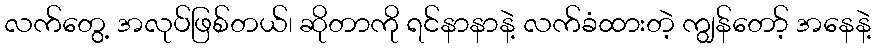
လက်တွေ့ အလုပ်ဖြစ်တယ်၊ ဆိုတာကို ရင်နာနာနဲ့ လက်ခံထားတဲ့ ကျွန်တော့် အနေနဲ့